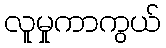
လူမှုကာကွယ်